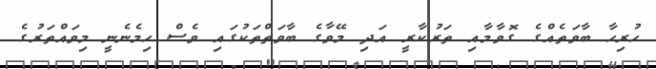
ހުރިހާ ބާވަތެއްގެ ގޮވާމާއި ތަރުކާރީ އަދި މޭވާގެ ބާވަތްތަކުގައި ވެސް ހިމެނެނީ މިވައްތަރުގެ